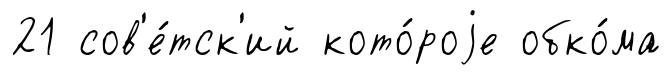
21 сов'е́тск'ий кото́роjе обко́ма